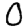
Digit: 0